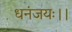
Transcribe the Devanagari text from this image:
धनंजयः।।